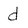
Character: d